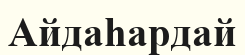
Айдаһардай